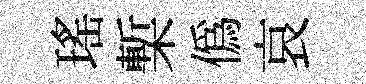
瑤槧僞哀